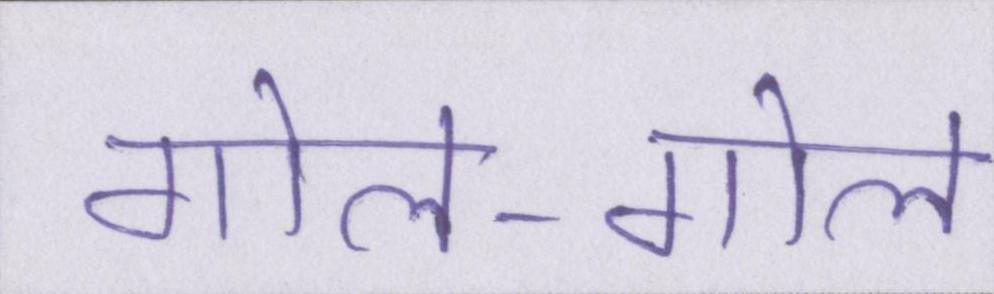
गोल-गोल